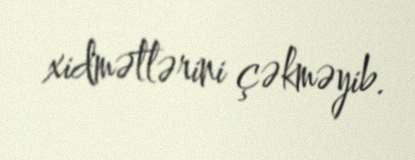
xidmətlərini çəkməyib.